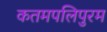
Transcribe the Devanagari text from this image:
कतमपलिपुरम